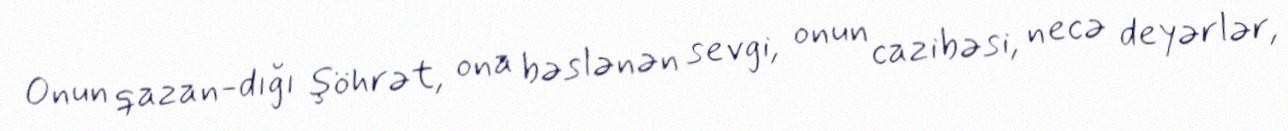
Onun qazan­dığı şöhrət, ona bəslənən sevgi, onun cazibəsi, necə deyərlər,